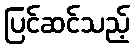
ပြင်ဆင်သည့်